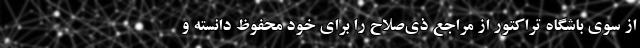
از سوی باشگاه تراکتور از مراجع ذی‌صلاح را برای خود محفوظ دانسته و